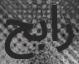
رابح